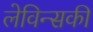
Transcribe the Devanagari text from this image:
लेविन्सकी